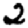
Digit: 2